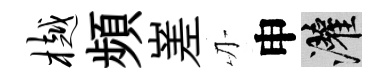
樾頻嵳刃申灌